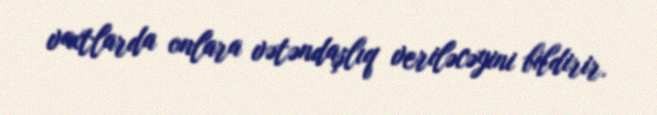
vaxtlarda onlara vətəndaşlıq veriləcəyini bildirir.